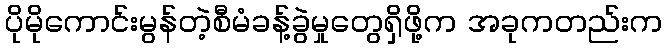
ပိုမိုကောင်းမွန်တဲ့စီမံခန့်ခွဲမှုတွေရှိဖို့က အခုကတည်းက